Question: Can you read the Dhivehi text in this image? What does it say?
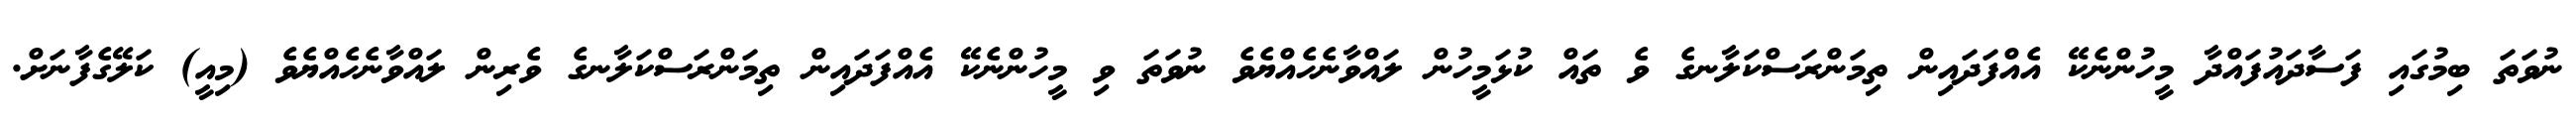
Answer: ނުވަތަ ބިމުގައި ފަސާދައުފައްދާ މީހުންނެކޭ އެއްފަދައިން ތިމަންރަސްކަލާނގެ ވެ ތައް ކުޅަމީހުން ލައްވާނެހެއްޔެވެ ނުވަތަ ވި މީހުންނެކޭ އެއްފަދައިން ތިމަންރަސްކަލާނގެ ވެރިން ލައްވާނެހެއްޔެވެ (މިއީ) ކަލޭގެފާނަށް.